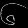
Digit: ၆